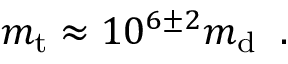
m _ { \mathrm { t } } \approx 1 0 ^ { 6 \pm 2 } m _ { \mathrm { d } } \; \; .